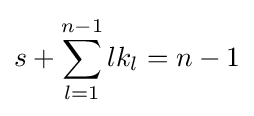
s+\sum _{l=1}^{n-1}lk_{l}=n-1